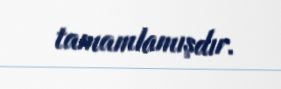
tamamlamışdır.